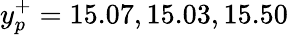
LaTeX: y_{p}^{+}=15.07,15.03,15.50